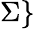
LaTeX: \Sigma\}